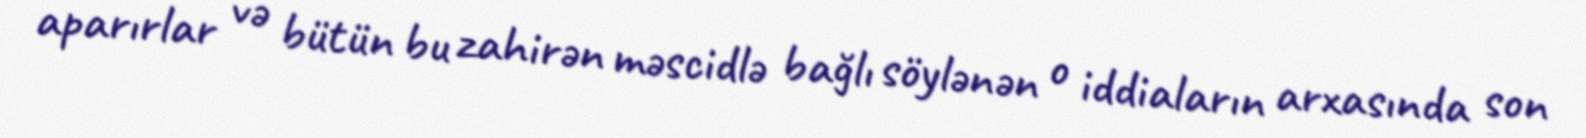
aparırlar və bütün bu zahirən məscidlə bağlı söylənən o iddiaların arxasında son